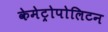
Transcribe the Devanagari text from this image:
केमेट्रोपोलिटन